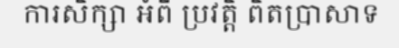
ការសិក្សា អំពី ប្រវត្តិ ពិតប្រាសាទ